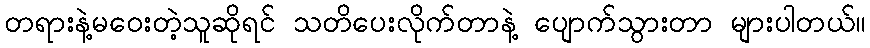
တရားနဲ့မဝေးတဲ့သူဆိုရင် သတိပေးလိုက်တာနဲ့ ပျောက်သွားတာ များပါတယ်။